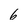
Character: 6